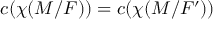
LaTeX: c ( \chi ( M / F ) ) = c ( \chi ( M / F ^ { \prime } ) )